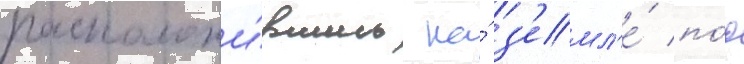
расположи́вшись на́ з'емл'е́ по́д